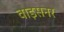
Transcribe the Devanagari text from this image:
वाइसनर